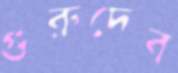
গুরুদেব